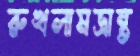
রুখলামভ্রান্ত